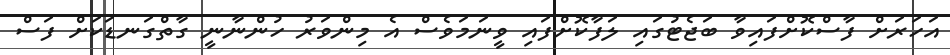
އަހަރަށް ފާސްކޮށްފައިވާ ބަޖެޓުގައި ލަފާކޮށްފައި ވީނަމަވެސް އެ މިންވަރު ހުންނާނީ ގާތްގަނޑަކަށް ފަސް